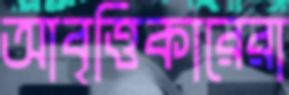
আবৃত্তিকারেরা